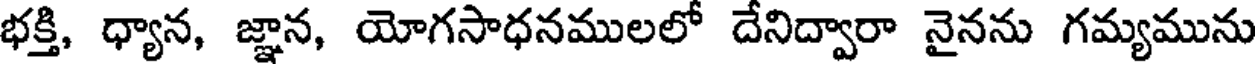
భక్తి, ధ్యాన, జ్ఞాన, యోగసాధనములలో దేనిద్వారా నైనను గమ్యమును